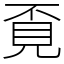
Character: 覔